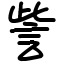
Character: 訾